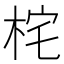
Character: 㭦